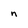
Character: n